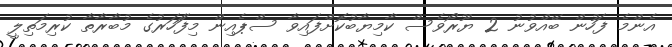
އެންމެ ފަހުން ބޭއްވުނު 2 ޔޫރޯވެސް ކާމިޔާބުކޮށްފައިވާ ސްޕެއިން މިފަަހަރުގެ މުބާރާތާ ކުރިމަތިލީ